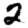
Digit: 2